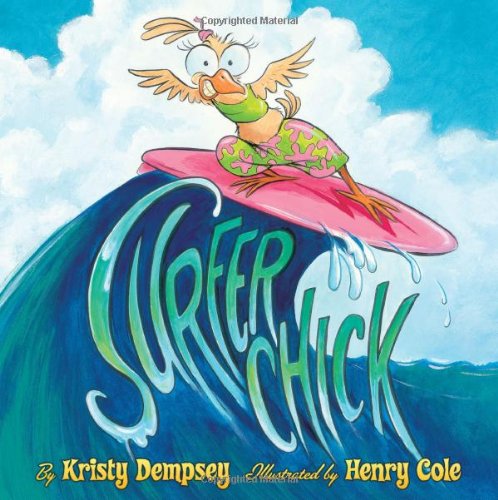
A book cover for Surfer Chick; Kristy Dempsey; Children's Books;